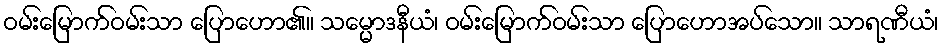
ဝမ်းမြောက်ဝမ်းသာ ပြောဟော၏။ သမ္မောဒနီယံ၊ ဝမ်းမြောက်ဝမ်းသာ ပြောဟောအပ်သော။ သာရဏီယံ၊